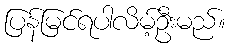
ပြန်မြင်ရပါလိမ့်ဦးမည်။